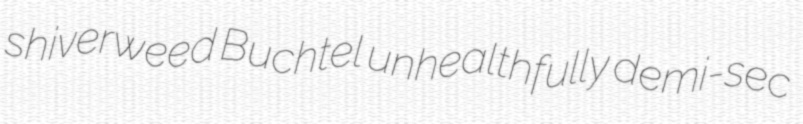
shiverweed Buchtel unhealthfully demi-sec